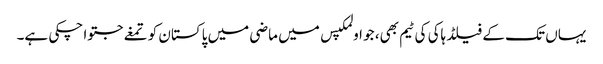
یہاں تک کے فیلڈ ہاکی کی ٹیم بھی، جو اولمکپس میں ماضی میں پاکستان کو تمغے جتوا چکی ہے۔